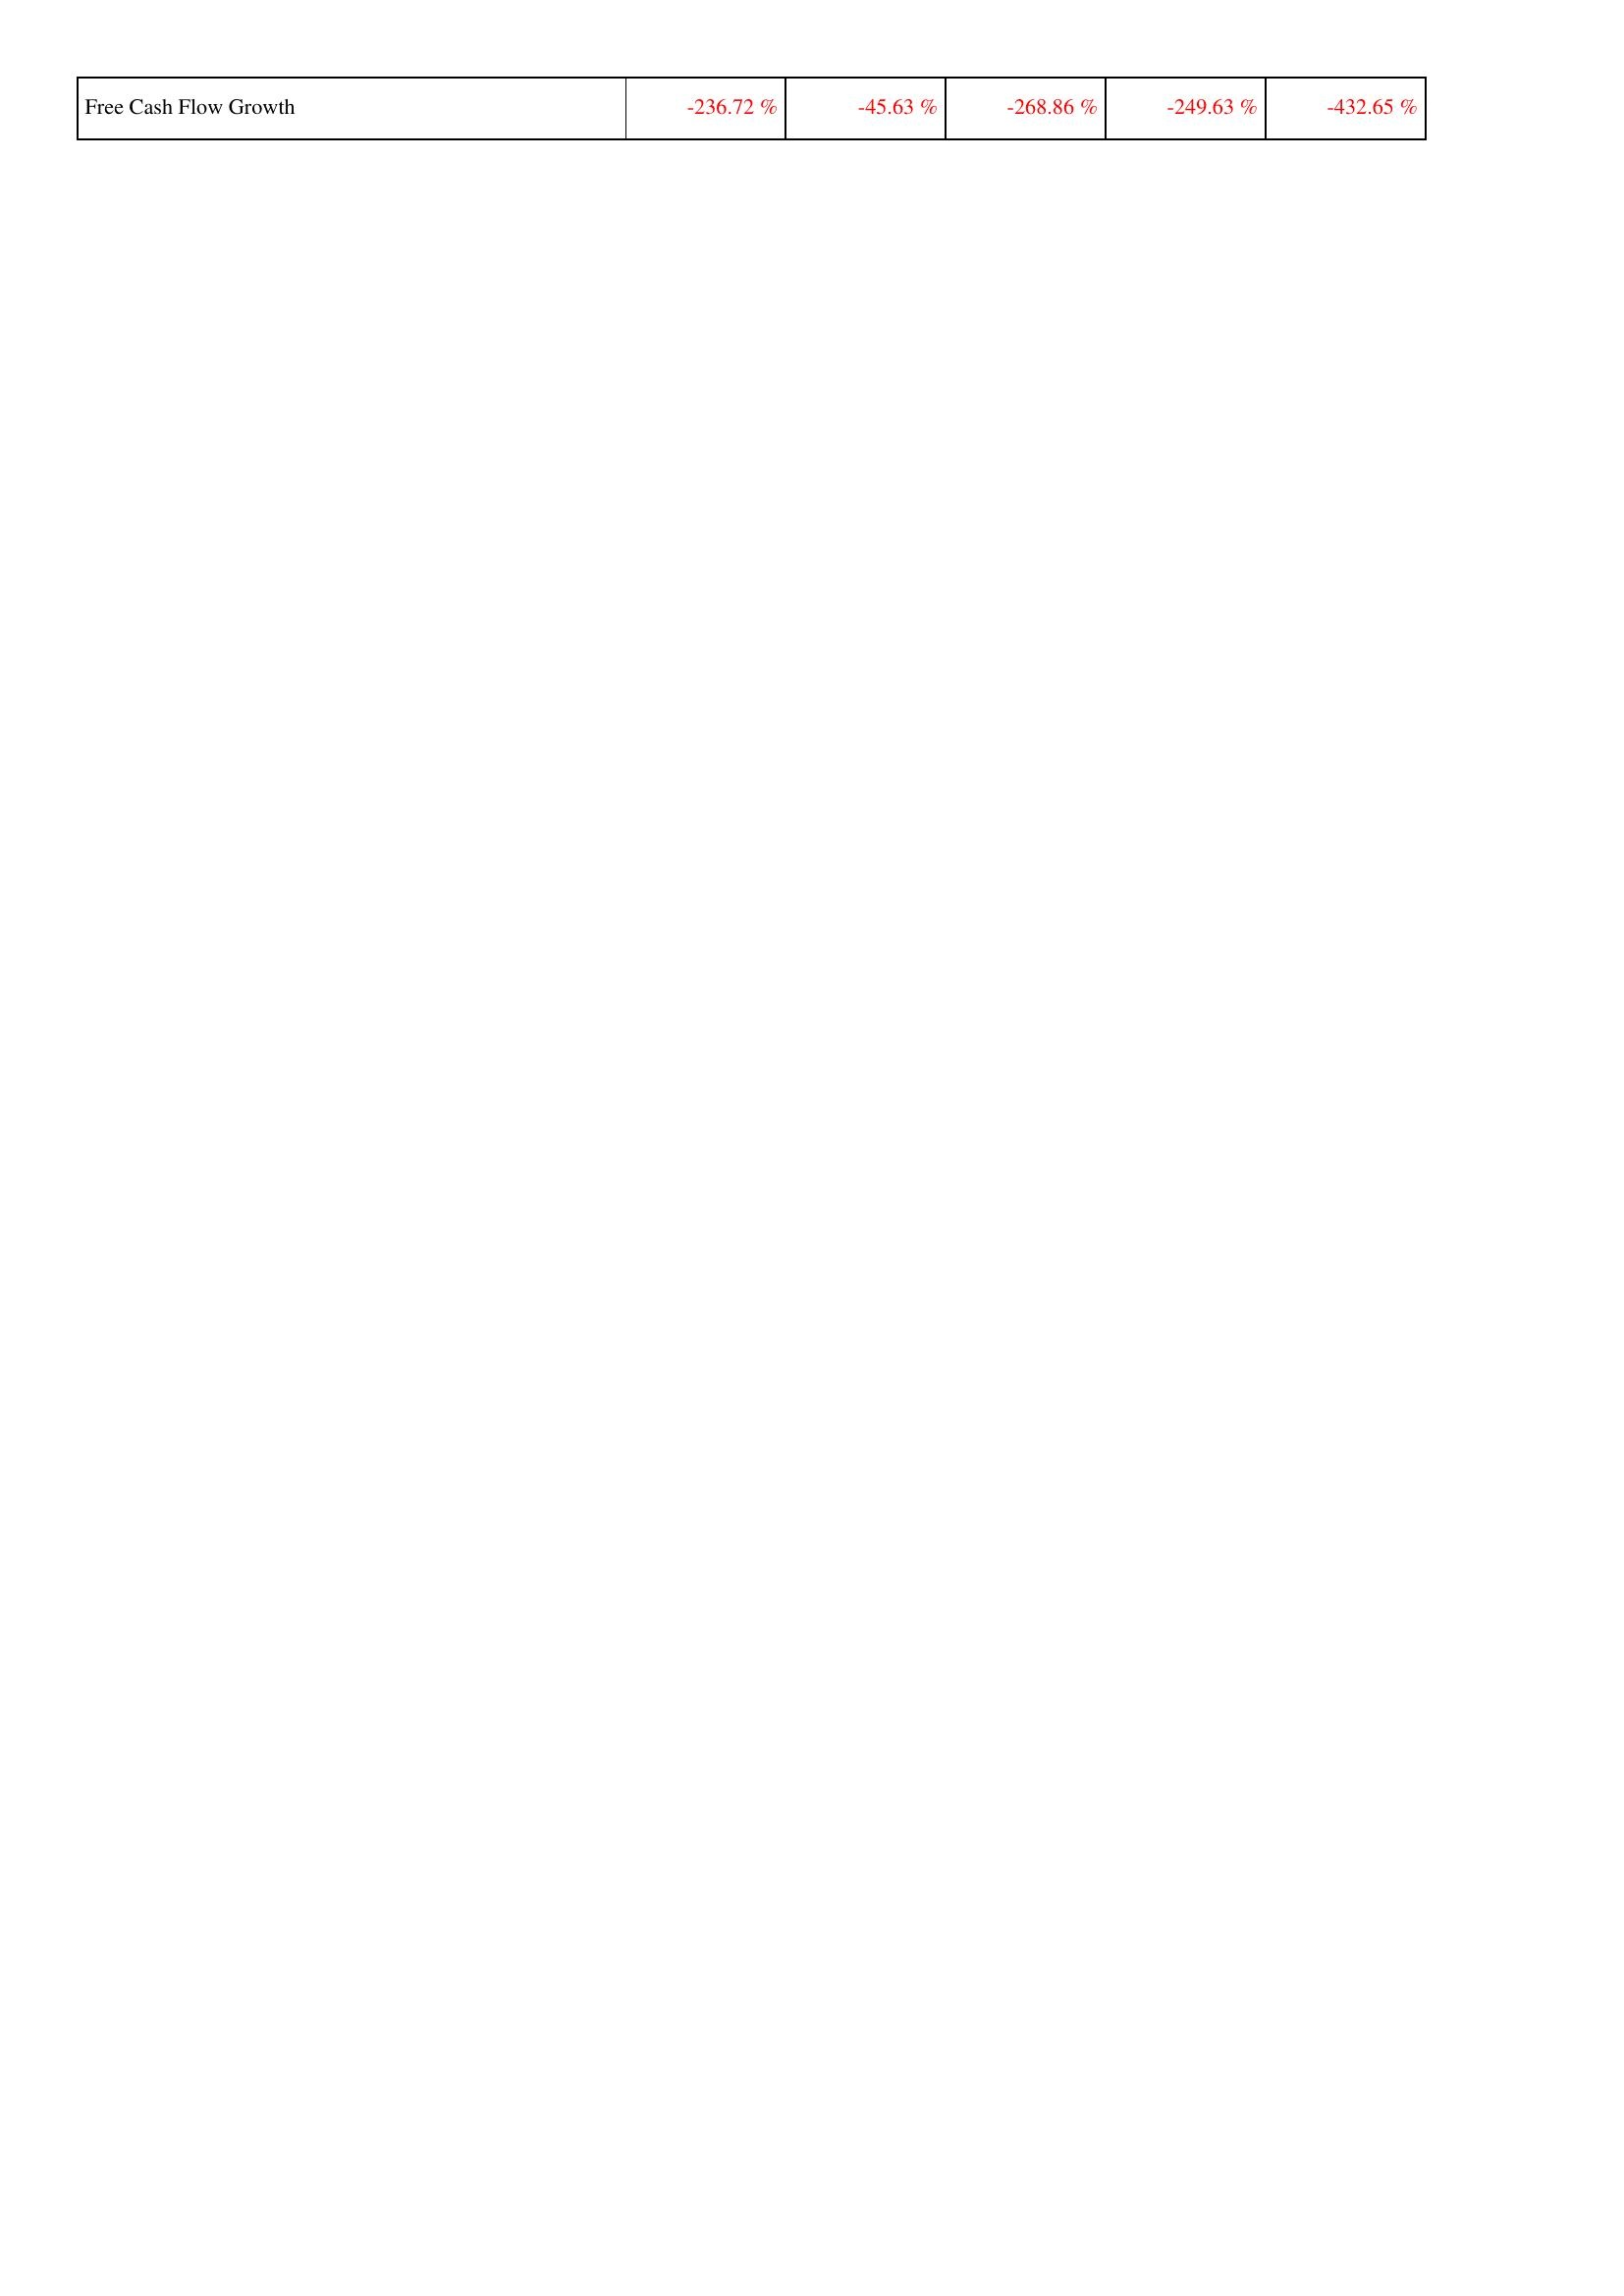
2019: Financing Activities: Free Cash Flow Growth: -236.72 %
2020: Financing Activities: Free Cash Flow Growth: -45.63 %
2021: Financing Activities: Free Cash Flow Growth: -268.86 %
2022: Financing Activities: Free Cash Flow Growth: -249.63 %
2023: Financing Activities: Free Cash Flow Growth: -432.65 %